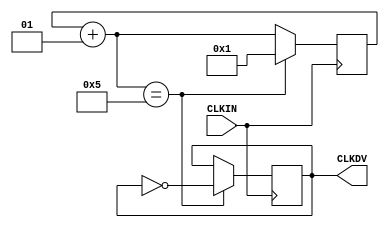
/* Clock divider CLK_DIV8 
   August 10, 2001
*/

`timescale 100 ps / 10 ps


module CLK_DIV8 (CLKDV,CLKIN);

parameter CLK_DIVIDE = 8;

input CLKIN;
output CLKDV;
reg CLKDV;
integer CLOCK_DIVIDER;

initial begin
 CLOCK_DIVIDER = 0;
 CLKDV = 1'b0;
end

always @(posedge CLKIN)
begin
 CLOCK_DIVIDER = CLOCK_DIVIDER + 1;
	if (CLOCK_DIVIDER == (CLK_DIVIDE/2 + 1)) 
	begin
	CLOCK_DIVIDER = 1;
	CLKDV = ~CLKDV;
	end
end

endmodule